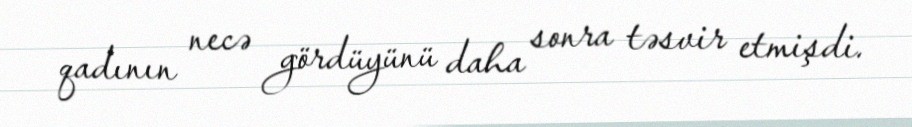
qadının necə gördüyünü daha sonra təsvir etmişdi.